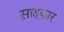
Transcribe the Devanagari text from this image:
स़ाहकार